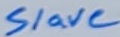
Text: Slave